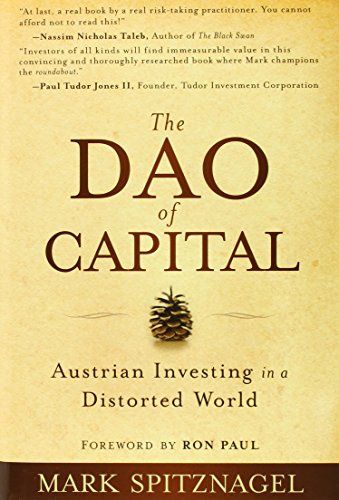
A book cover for The Dao of Capital: Austrian Investing in a Distorted World; Mark Spitznagel; Business & Money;